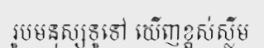
រូបមនុស្សទូទៅ ឃើញខ្ពស់ស្លីម